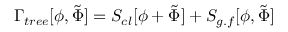
\Gamma _ { t r e e } [ \phi , \tilde { \Phi } ] = S _ { c l } [ \phi + \tilde { \Phi } ] + S _ { g . f } [ \phi , \tilde { \Phi } ]